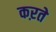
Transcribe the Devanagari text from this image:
कऱते